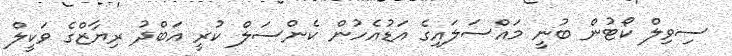
ސިވިލް ކޯޓުން ބުނީ މައްސަލައިގެ އަޑުއެހުން ކެންސަލް ކުރީ އަބްދު ރިޔާޒްގެ ވަކީލް